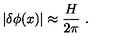
| \delta \phi ( x ) | \approx \frac { H } { 2 \pi } \ .